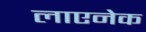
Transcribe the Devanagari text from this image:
लाएनेक